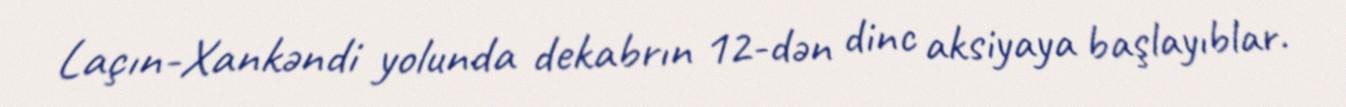
Laçın-Xankəndi yolunda dekabrın 12-dən dinc aksiyaya başlayıblar.